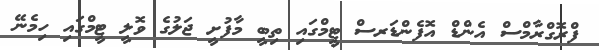
ފްރޮގްރާމްސް އެންޑް އޮފެންޑަރސް ޓީމްގައި ތިބީ މާފުށީ ޖަލުގެ ވޮލީ ޓީމްގައި ހިމެނޭ